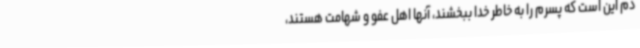
دم این است که پسرم را به خاطر خدا ببخشند، آنها اهل عفو و شهامت هستند،